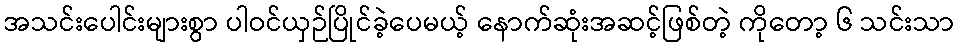
အသင်းပေါင်းများစွာ ပါဝင်ယှဉ်ပြိုင်ခဲ့ပေမယ့် နောက်ဆုံးအဆင့်ဖြစ်တဲ့ ကိုတော့ ၆ သင်းသာ